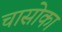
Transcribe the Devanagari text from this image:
चासोका